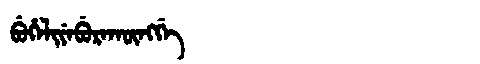
Manchu: ᠪᡠᡥᡝᠯᡳᠶᡝᠪᡠᡵᠠᡴᡡᠩᡤᡝ
Romanization: BUHELIYEBURAKŪNGGE